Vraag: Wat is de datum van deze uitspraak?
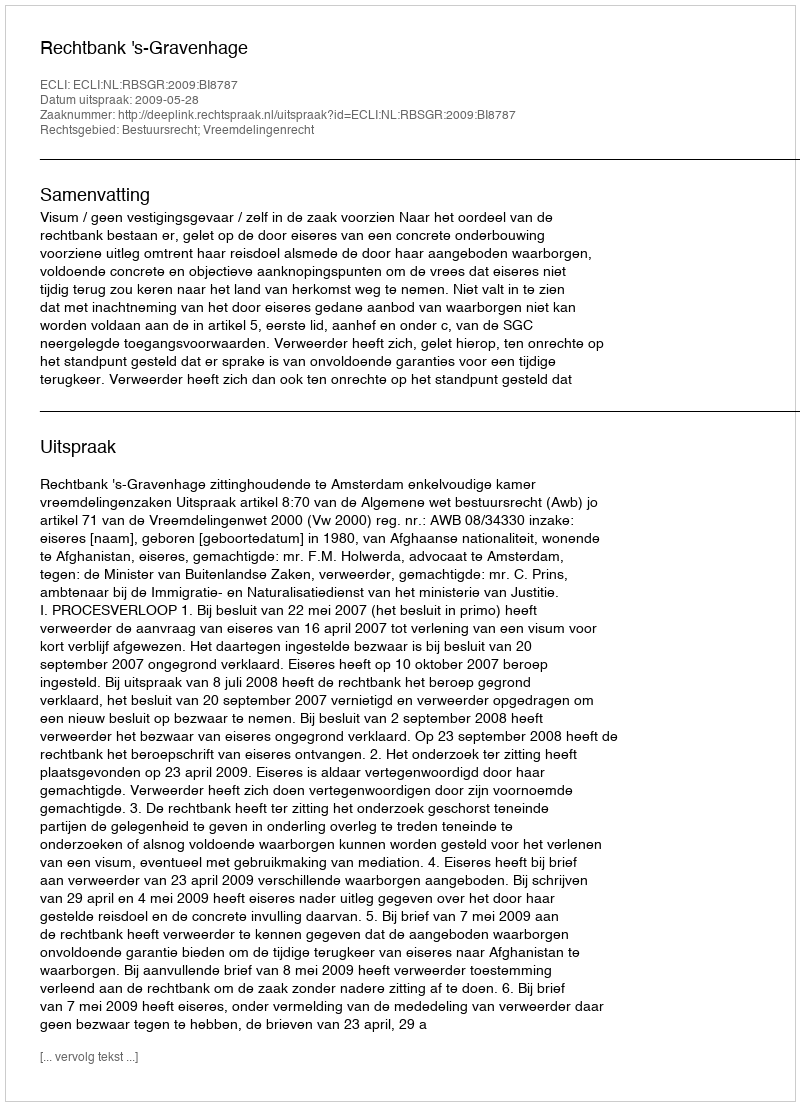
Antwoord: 2009-05-28